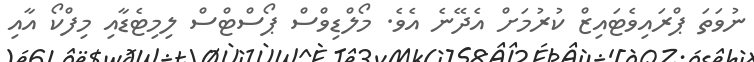
ނުވަތަ ޕްރައިވެޓައިޒް ކުރުމަށް އެދޭނެ އެވެ. މޯލްޑިވްސް ޕޯސްޓްސް ލިމިޓެޑާއި މިފްކޯ އާއި